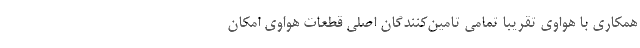
همکاری با هواوی تقریبا تمامی تامین‌کنندگان اصلی قطعات هواوی امکان